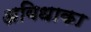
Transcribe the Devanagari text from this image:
अविधाका